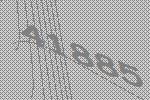
41885